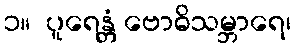
၁။  ပူရေန္တံ ဗောဓိသမ္ဘာရေ၊